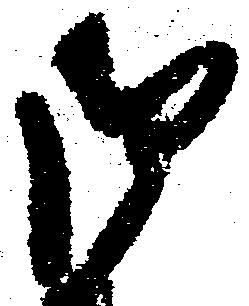
御